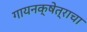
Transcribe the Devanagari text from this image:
गायनक्षेत्राचा